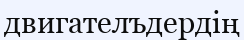
двигателъдердің